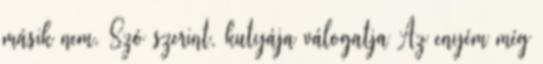
másik nem. Szó szerint, kutyája válogatja Az enyém még